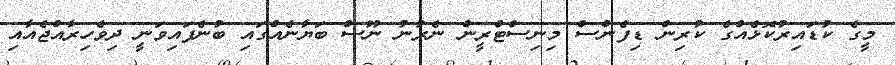
މީގެ ކުޑައިރުކޮޅެއްގެ ކުރިން ޑިފެންސް މިނިސްޓްރީން ނެރުނު ނޫސް ބަޔާނެއްގައި ބުނެފައިވަނީ ދިވެހިރާއްޖެއާއި